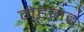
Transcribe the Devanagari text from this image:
मेहमद